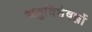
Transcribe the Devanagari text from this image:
ऋतुविशेषज्ञों